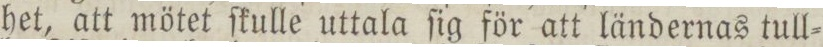
het, att mötet ſkulle uttala ſig för att ländernas tull=